Leaving Certificate Examination, 1910
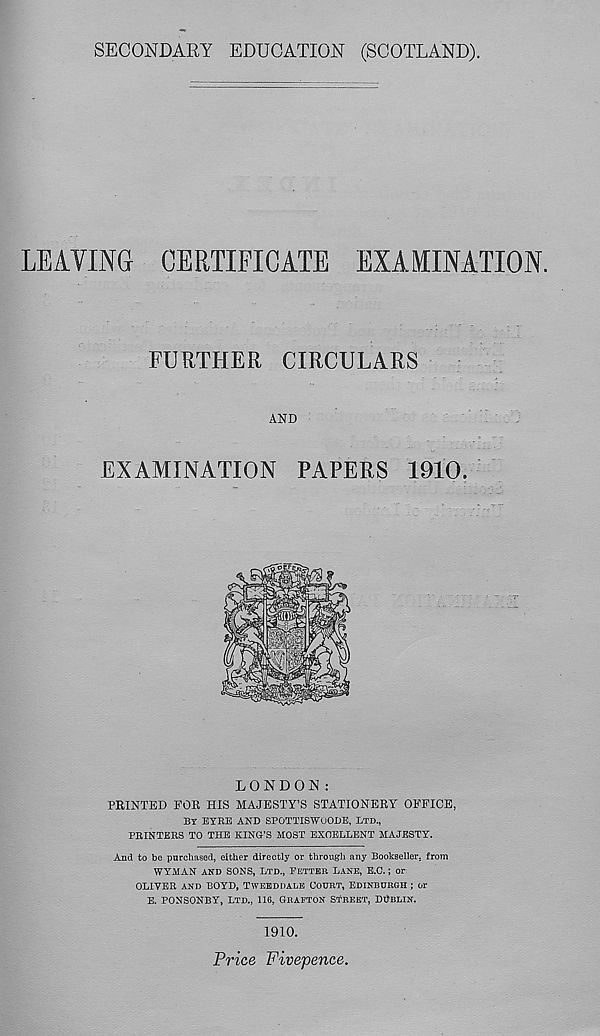
SECONDARY EDUCATION (SCOTLAND).
LEAVING CERTIFICATE EXAMINATION.
FURTHER CIRCULARS
AND
EXAMINATION PAPERS 1910.
LONDON:
PRINTED FOR HIS MAJESTY’S STATIONERY OFFICE,
BY EYRE AND SPOTTISWOODE, LTD.,
PRINTERS TO THE KING’S MOST EXCELLENT MAJESTY.
And to be purchased, either directly or through any Bookseller, from
WYMAN AND SONS, LTD., FETTER LANE, E.C.; or
OLIVER AND BOYD, TWEBDDALE COURT, EDINBURGH ; Or
E. PONSONBY, LTD., 116, GRAFTON STREET, DUBLIN.
1910.
Price Fivepence.